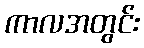
ကာလအတွင်း